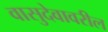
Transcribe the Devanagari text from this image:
वासुदेवावरील